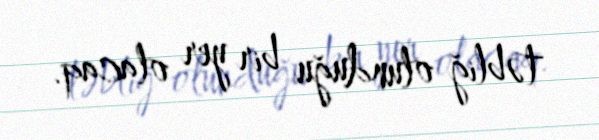
təbliğ olunduğu bir yer olacaq.